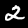
Digit: 2